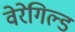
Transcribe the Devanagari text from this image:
वेरेगिल्ड